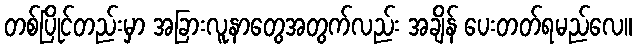
တစ်ပြိုင်တည်းမှာ အခြားလူနာတွေအတွက်လည်း အချိန် ပေးတတ်ရမည်လေ။